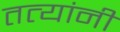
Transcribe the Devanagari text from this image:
तत्यांनी